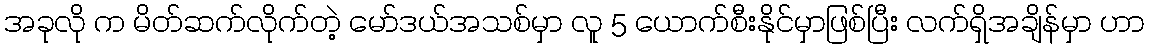
အခုလို က မိတ်ဆက်လိုက်တဲ့ မော်ဒယ်အသစ်မှာ လူ 5 ယောက်စီးနိုင်မှာဖြစ်ပြီး လက်ရှိအချိန်မှာ ဟာ